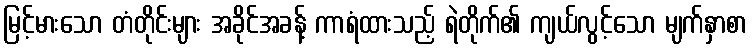
မြင့်မားသော တံတိုင်းများ အခိုင်အခန့် ကာရံထားသည့် ရဲတိုက်၏ ကျယ်လွင့်သော မျက်နှာစာ